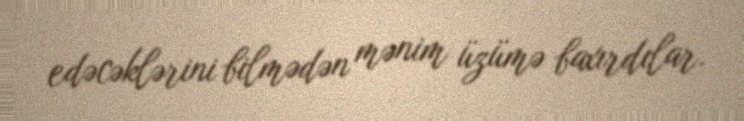
edəcəklərini bilmədən mənim üzümə baxırdılar.